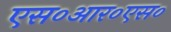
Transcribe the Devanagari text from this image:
एस०आर०एस०